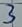
Text: 3